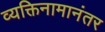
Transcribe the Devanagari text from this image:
व्यक्तिनामानंतर